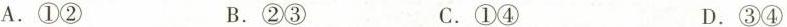
A. ①② B. ②③ C. ①④ D. ③④